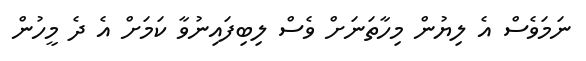
ނަމަވެސް އެ ލިޔުން މިހާތަނަށް ވެސް ލިބިފައިނުވާ ކަމަށް އެ ދެ މީހުން